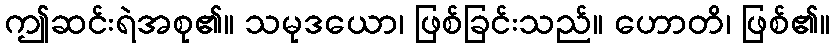
ဤဆင်းရဲအစု၏။ သမုဒယော၊ ဖြစ်ခြင်းသည်။ ဟောတိ၊ ဖြစ်၏။